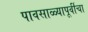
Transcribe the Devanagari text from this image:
पावसाळ्यापूर्वीचा